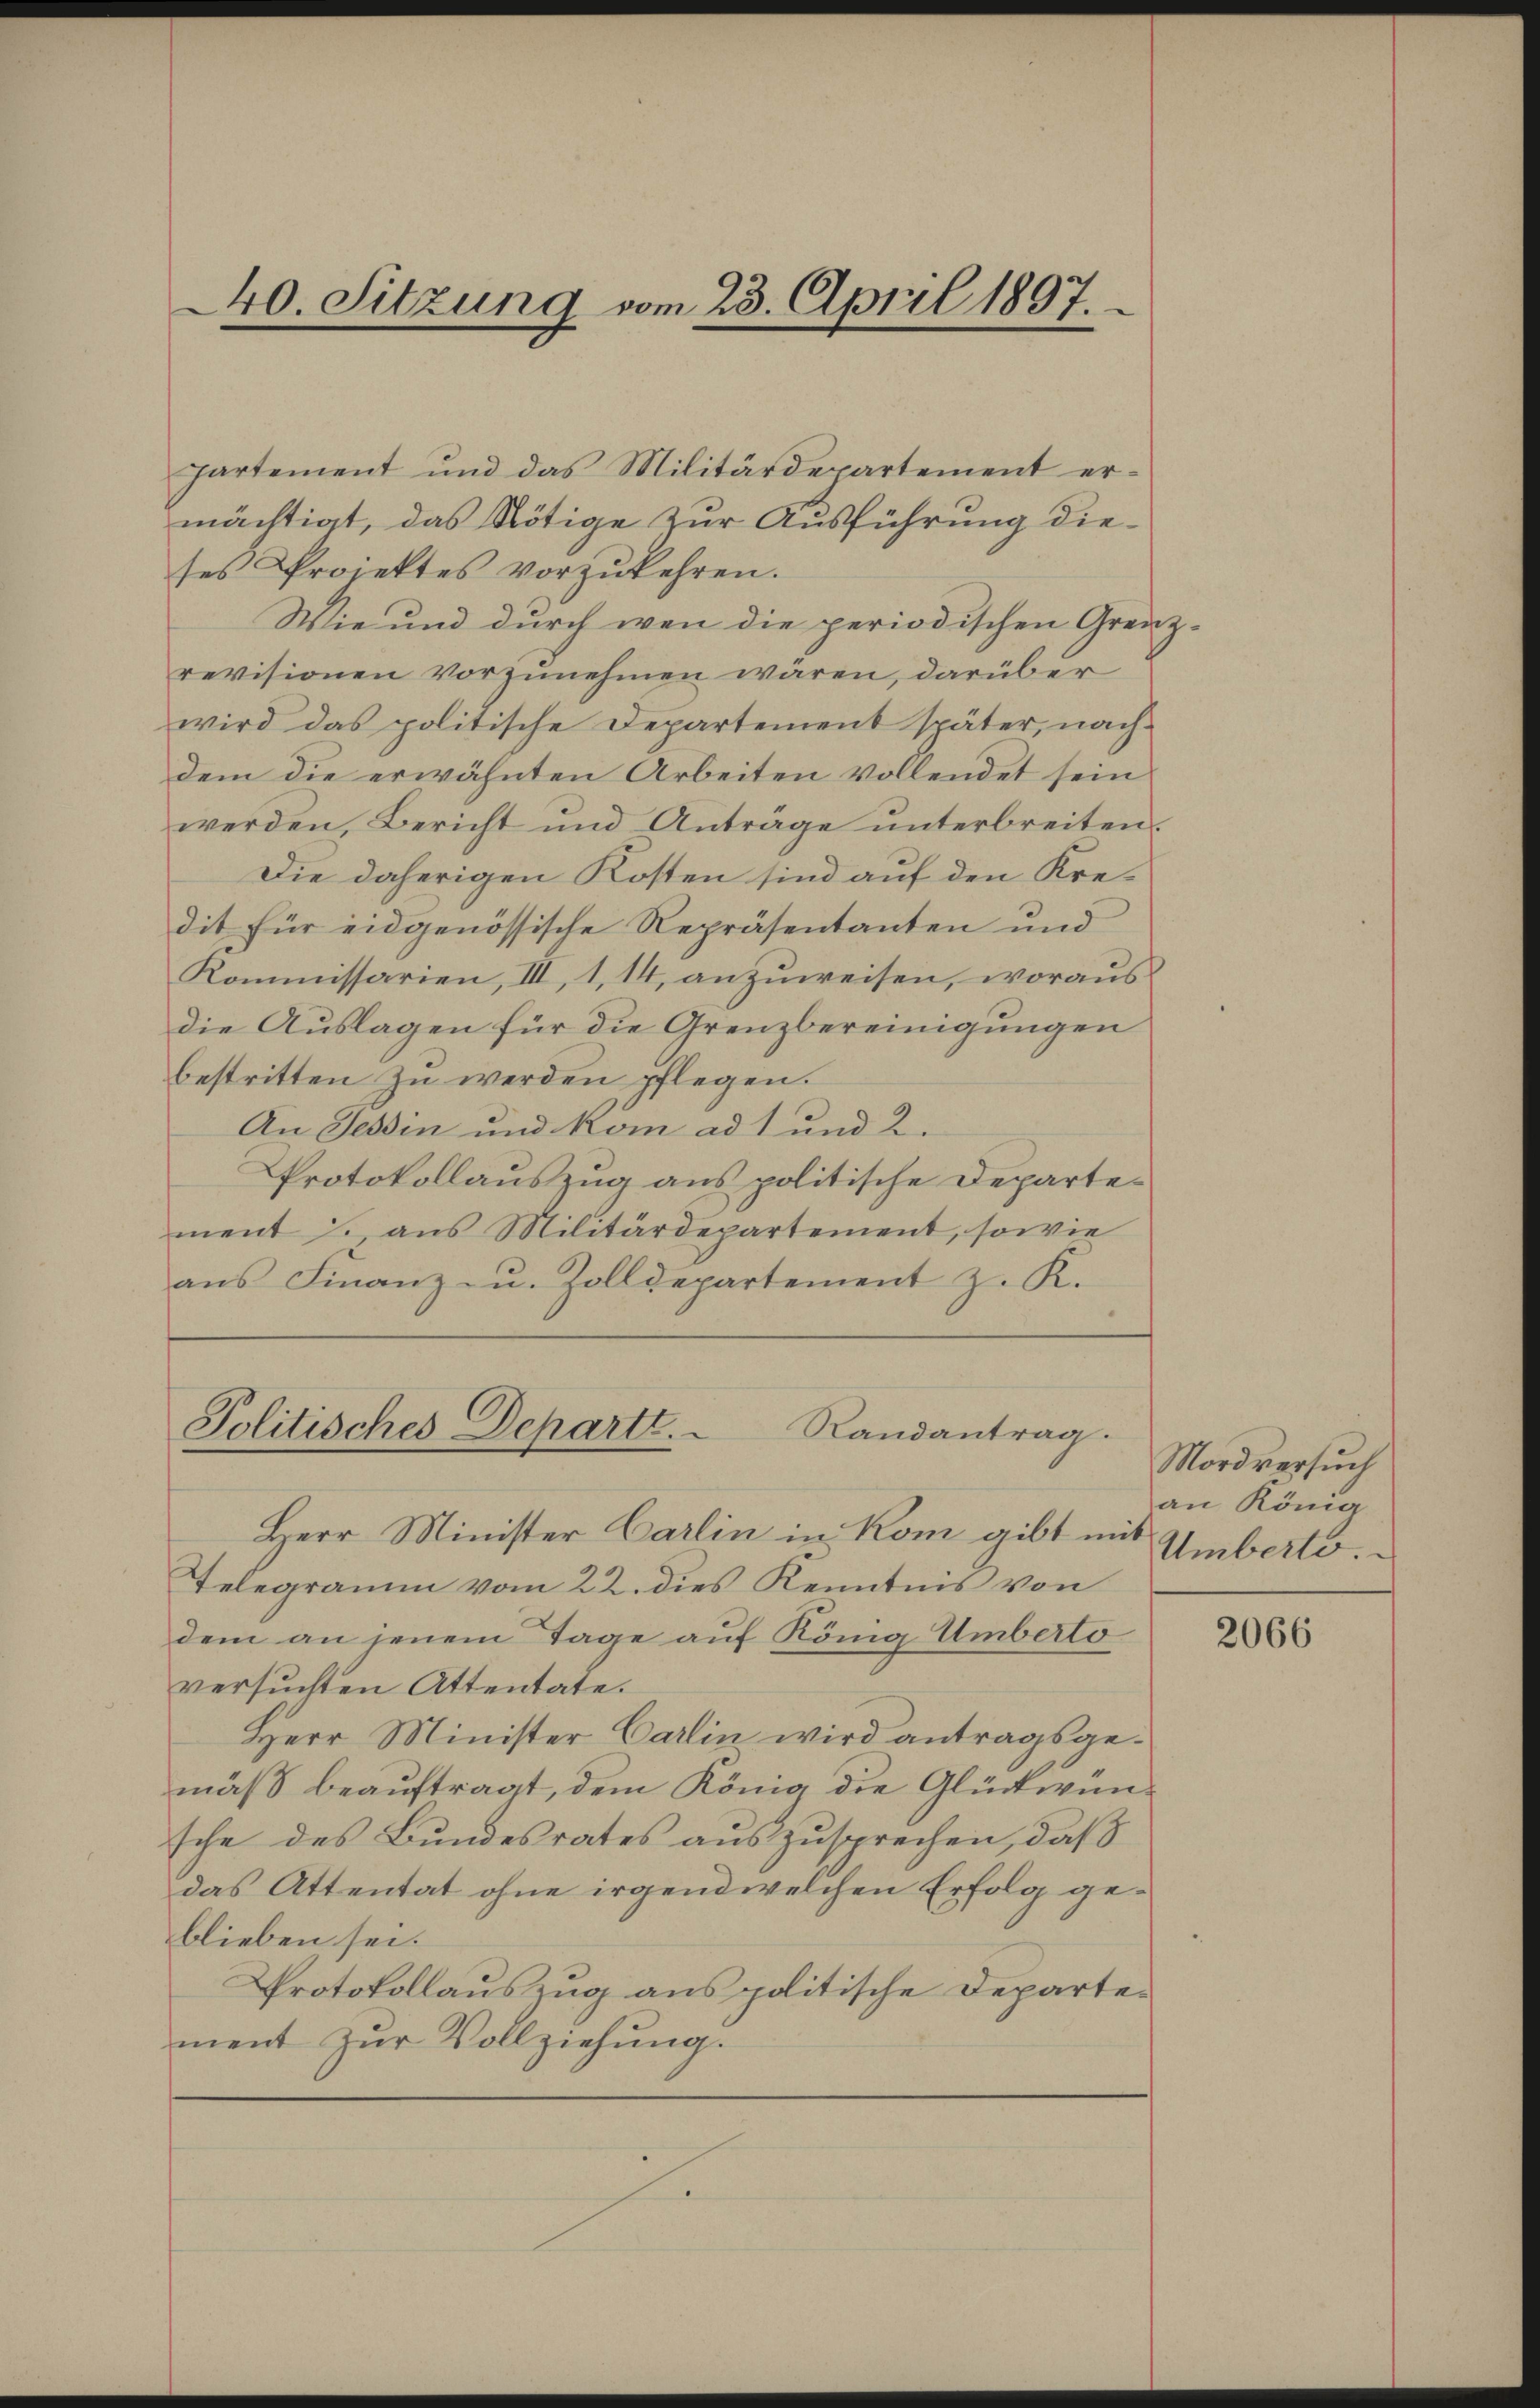
440. Sitzung vom 23. April 1897.

partement und das Militärdepartement er-
mächtigt, das Nötige zur Ausführung dieses Projektes vorzukehren.
Wie und durch wenn die periodischen Gren
revisionen vorzunehmen wären, darüber
wird das politische Departement später, nachdem die erwähnten Arbeiten vollendet sein
werden, Bericht und Anträge unterbreiten.
Die daherigen Kosten sind auf den Kredit für eidgenössische Repräsentanten und
Kommissarien, III, 1, 14, anzuweisen, woraus
die Auslagen für die Grenzbereinigungen
bestritten zu werden pflegen.
An Tessin und kom ad 1 und 2.
Protokollauszug aus politische Departement J. aus Militärdepartement, sowie
ans Finanz- u. Zolldepartement z. K.
Politisches Departt.
Randantrag.
Herr Minister Carlin in Rom gibt mit
Telegramm vom 22. dies Kenntnis von
dem an jenem Tage auf König Umberto
versuchten Attentate.
Herr Minister Carin wird antragsgemäß beauftragt, dem König die Glückwünsche des Bundesrates auszusprechen, daß
das Attentat ohne irgendwelchen Erfolg geblieben sei.
Protokollauszug aus politische Departement zŭr Vollziehung.

Mordversuch
an König
Umberto.

g.

2066